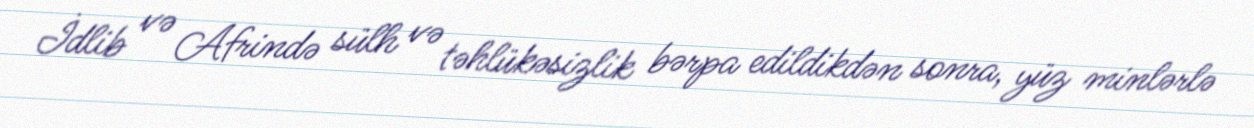
İdlib və Afrində sülh və təhlükəsizlik bərpa edildikdən sonra, yüz minlərlə